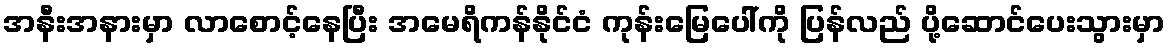
အနီးအနားမှာ လာစောင့်နေပြီး အမေရိကန်နိုင်ငံ ကုန်းမြေပေါ်ကို ပြန်လည် ပို့ဆောင်ပေးသွားမှာ